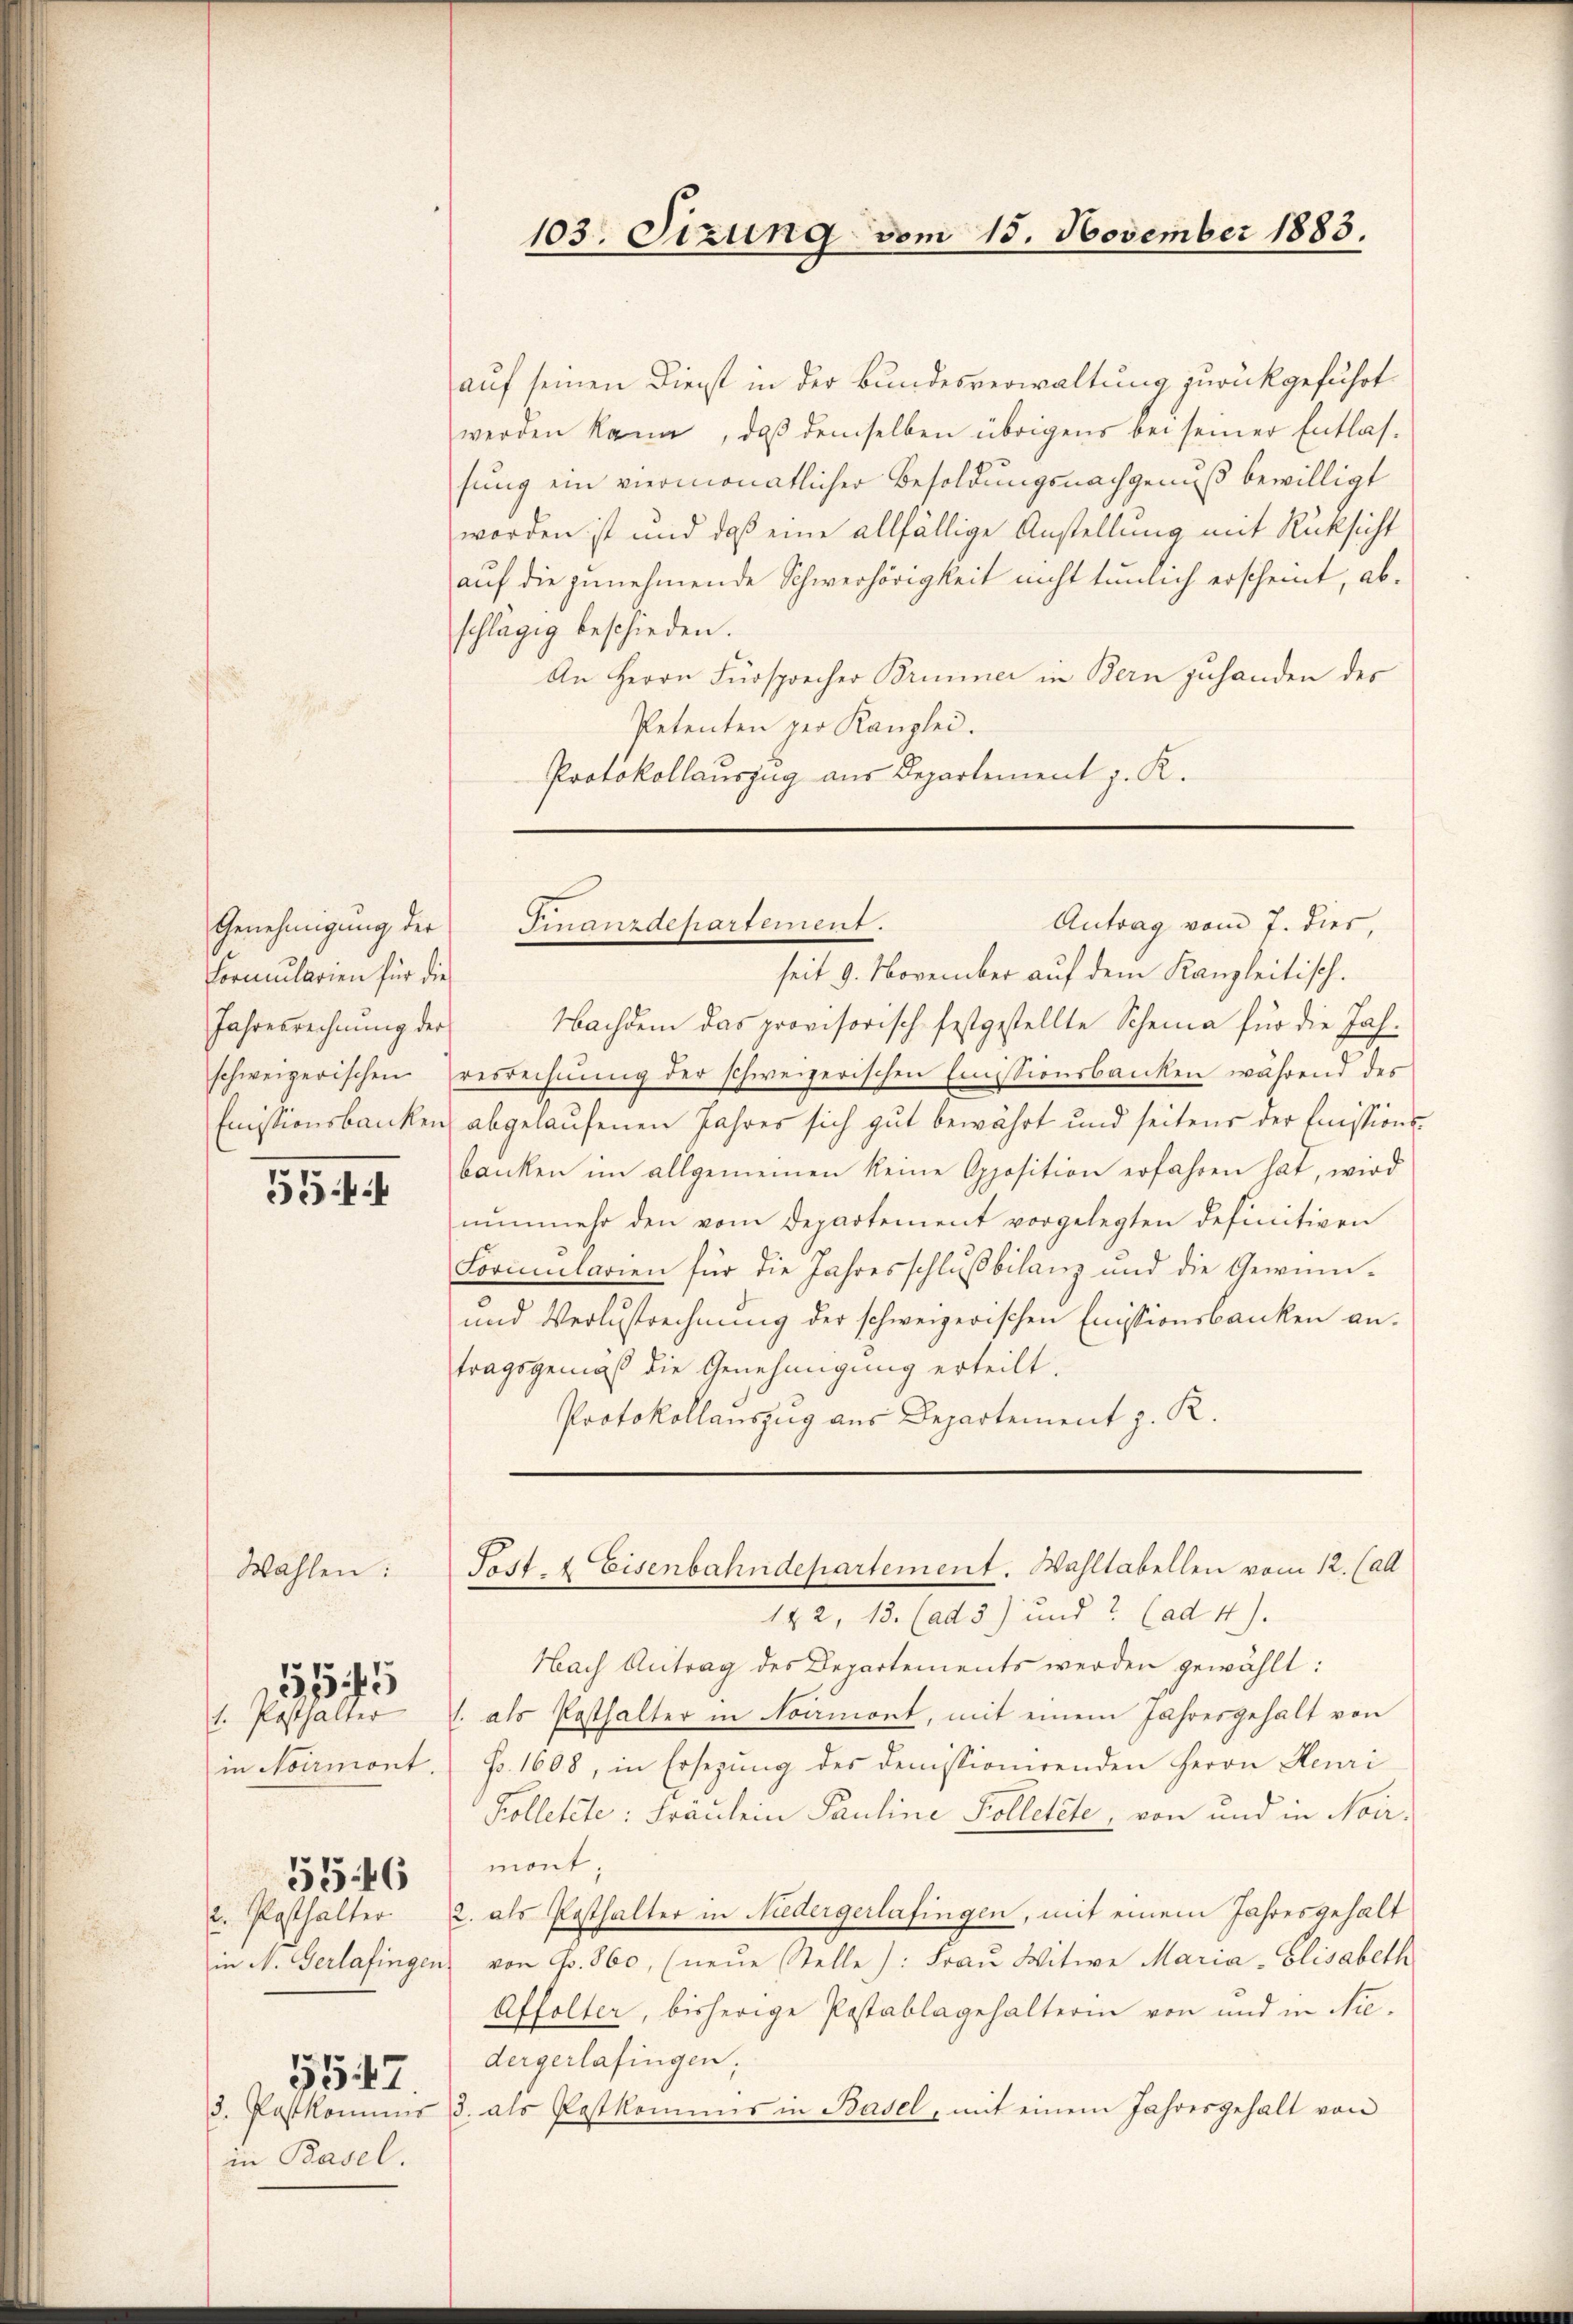
Genehmigung der
Formularien für die
Jahresrechnung der

5544

Wählen:

1. Posthalter
in Noirmont.
2. Posthalter.
in N. Gerlafingen
5547
3. Pastkominis
in Basel.

31545

5546

auf seinen Dienst in der Bundesverwaltung zurückgeführt
werden kann, daß demselben übrigens bei seiner Entlas-
sung ein viermonatlicher Besoldungsnachgenuß bewilligt
worden ist und daß eine allfällige Anstellung mit Rücksicht
auf die zunehmende Schwerhörigkeit nicht tunlich erscheint, abschlägig beschieden.
An Herrn Fürsprecher Brunner in Bern zuhanden des
Petenten per Kanzlei.
Protokollauszug aus Departement J. K.

103. Sitzung vom 15. November 1883.

seit 9. November auf dem Kanzleitisch.
Nachdem das provisorisch festgestellte Scheina für die Jahschweizerischen resrechnung der schweizerischen Emissionsbanken während des
Emissionsbanken abgelaufenen Jahres sich gut bewährt und seitens der Emissionsbanken im allgemeinen keine Opposition erfahren hat, wird
nŭnmehr den vom Departement vorgelegten definitiven
Formularien für die Jahresschlußbilanz und die Gewinn¬
und Verlustrechnung der schweizerischen Emissionsbanken antragsgemäß die Genehmigung erteilt.
Protokollauszug aus Departement z. R.

Antrag vom 7. dies,
Fmanzdepartement.

Fest- & Eisenbahndepartement. Wahltabellen vom 12. (all
122, 13. (ad 5) und (ad 4).

Nach Antrag des Departements werden gewählt:
l. als Posthalter in Normont, mit einem Jahresgehalt von
Fr. 1608, in Ersezung des demissionirenden Herrn Henri
Kolletete: Fräulein Pauline Kolletete, von und in Noir.
mont;
2. als Posthalter in Niedergerlafingen, mit einem Jahresgehalt
von Fr. 860, (neŭe Stelle): Fraŭ Witwe Maria Elisabeth
Affolter, bisherige Postablagehalterin von und in Niedergerlafingen;
3. als Postkommis in Basel, mit einem Jahresgehalt von